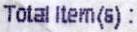
TOTAL ITEM(S) :